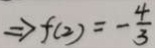
\Rightarrow f ( 2 ) = - \frac { 4 } { 3 }